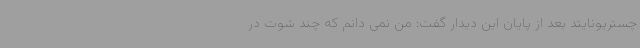
چستریونایتد بعد از پایان این دیدار گفت: من نمی دانم که چند شوت در